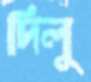
দিলু